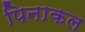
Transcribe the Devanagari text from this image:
पिनाकल